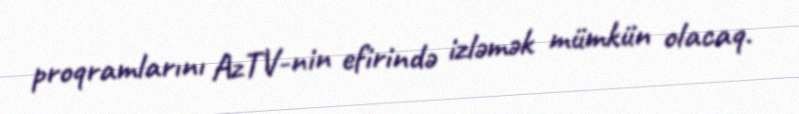
proqramlarını AzTV-nin efirində izləmək mümkün olacaq.